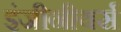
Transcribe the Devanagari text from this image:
इंजीनीयर्स